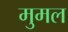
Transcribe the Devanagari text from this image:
मुमल